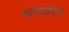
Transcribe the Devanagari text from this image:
भाषारहस्य